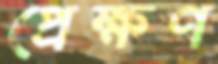
প্রেক্ষণ